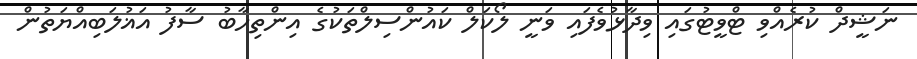
ނަޝީދް ކުރެއްވި ޓްވީޓުގައި ވިދާޅުވެފައި ވަނީ ލޯކަލް ކައުންސިލްތަކުގެ އިންތިހާބު ސާފު އަޣުލަބިއްޔަތުން